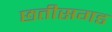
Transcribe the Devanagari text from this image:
छतीसगड